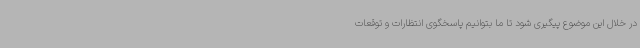
در خلال این موضوع پیگیری شود تا ما بتوانیم پاسخگوی انتظارات و توقعات